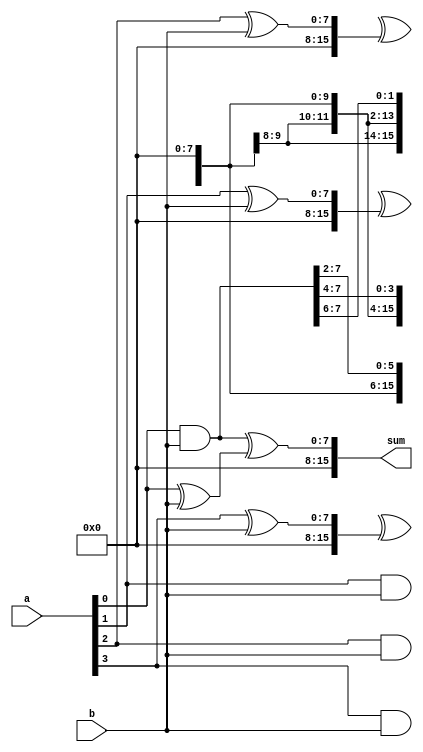
module carry_save_adder (
    input [7:0] a,
    input [7:0] b,
    output [15:0] sum
);

wire [15:0] partial_products;
wire [15:0] carry_save_sum;

// Partial Product Generator
genvar i;
generate
    for (i = 0; i < 8; i = i + 1) begin : PPG
        assign partial_products[i*2 +: 16] = a[i] & b;
    end
endgenerate

// Carry Save Accumulator
genvar j;
generate
    for (j = 0; j < 8; j = j + 1) begin : CSA
        assign carry_save_sum[j*2 +: 16] = partial_products[j*2 +: 16] ^ (a[j] ^ b) ;
    end
endgenerate

assign sum = carry_save_sum;

endmodule